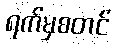
ရက်မှစတင်